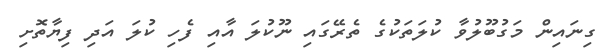
ގިނައިން މަގުބޫލުވާ ކުލަތަކުގެ ތެރޭގައި ނޫކުލަ އާއި ފެހި ކުލަ އަދި ފިޔާތޮށި